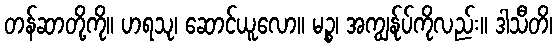
တန်ဆာတို့ကို။ ဟရသု၊ ဆောင်ယူလော။ မဉ္စ၊ အကျွန်ုပ်ကိုလည်း။ ဒါသီတိ၊